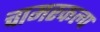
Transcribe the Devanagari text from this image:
चामरकल्प